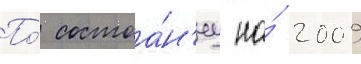
По́ состоа́н'иу на́ 2009